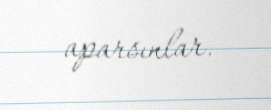
aparsınlar.